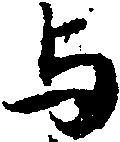
与